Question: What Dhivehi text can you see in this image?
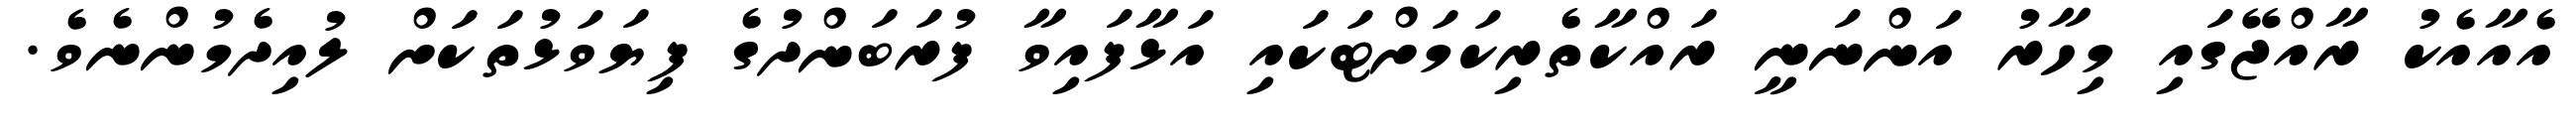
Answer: އެއާއެކު ރާއްޖޭގައި މިހާރު އަންނަނީ ރައްކާތެރިކަމަށްޓަކައި އަޅާފައިވާ ފުރަބަންދުގެ ފިޔަވަޅުތަކަށް ލުއިދެމުންނެވެ.